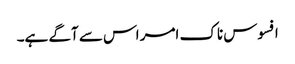
افسوس ناک امر اس سے آگے ہے۔